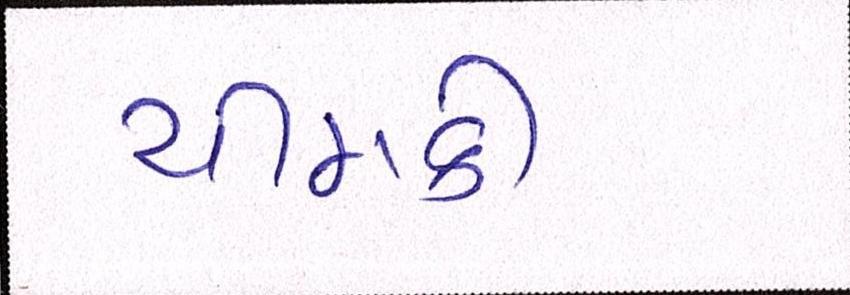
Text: ચીમકી